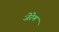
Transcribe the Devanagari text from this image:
जेरेम